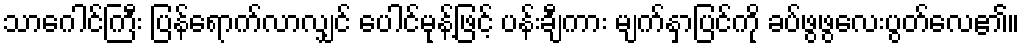
သာဂေါင်ကြီး ပြန်ရောက်လာလျှင် ပေါင်မုန့်ဖြင့် ပန်းချီကား မျက်နှာပြင်ကို ခပ်ဖွဖွလေးပွတ်လေ၏။